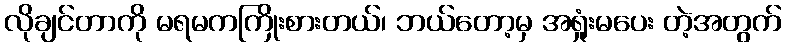
လိုချင်တာကို မရမကကြိုးစားတယ်၊ ဘယ်တော့မှ အရှုံးမပေး တဲ့အတွက်